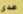
عدي